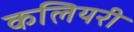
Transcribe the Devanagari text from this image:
कलियरी